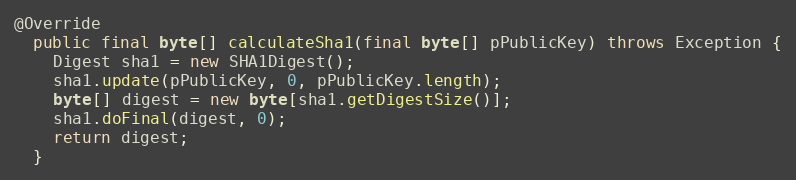
Language: Java
@Override
  public final byte[] calculateSha1(final byte[] pPublicKey) throws Exception {
    Digest sha1 = new SHA1Digest();
    sha1.update(pPublicKey, 0, pPublicKey.length);
    byte[] digest = new byte[sha1.getDigestSize()];
    sha1.doFinal(digest, 0);
    return digest;
  }